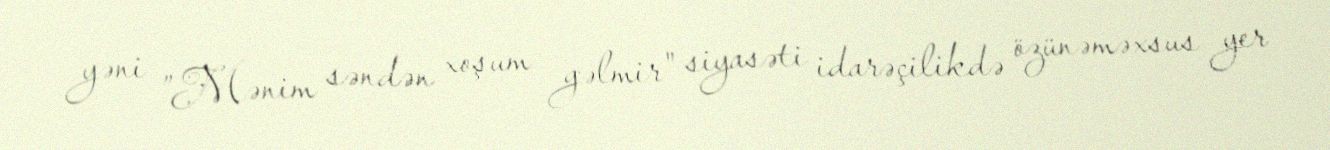
yəni ”Mənim səndən xoşum gəlmir" siyasəti idarəçilikdə özünəməxsus yer